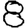
Digit: 8